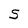
Character: S